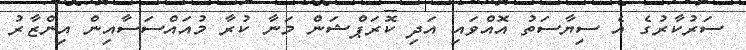
ސަރުކާރުގެ އެ ސިޔާސަތު އޮއްވައި އަދި ކޮރަޕްޝަން މަނާ ކުރާ މުއައްސަސާއިން އިންޒާރު